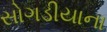
સોગડીયાના